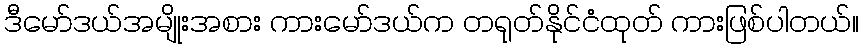
ဒီမော်ဒယ်အမျိုးအစား ကားမော်ဒယ်က တရုတ်နိုင်ငံထုတ် ကားဖြစ်ပါတယ်။